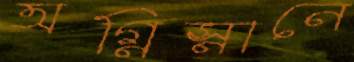
অগ্নিস্নানে